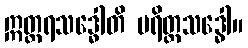
ဣတ္တရသဒ္ဓေါတိ ပရိတ္တသဒ္ဓေါ။